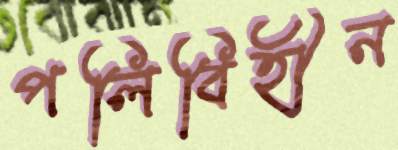
পলিবিহীন